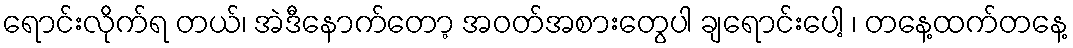
ရောင်းလိုက်ရ တယ်၊ အဲဒီနောက်တော့ အဝတ်အစားတွေပါ ချရောင်းပေါ့ ၊ တနေ့ထက်တနေ့